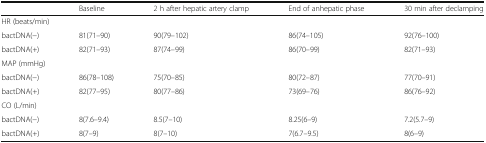
<table><thead><tr><td>[EMPTY_CELL]</td><td><b>Baseline</b></td><td><b>2 h after hepatic artery clamp</b></td><td><b>End of anhepatic phase</b></td><td><b>30 min after declamping</b></td></tr></thead><tbody><tr><td colspan="5">HR (beats/min)</td></tr><tr><td>bactDNA(−)</td><td>81(71–90)</td><td>90(79–102)</td><td>86(74–105)</td><td>92(76–100)</td></tr><tr><td>bactDNA(+)</td><td>82(71–93)</td><td>87(74–99)</td><td>86(70–99)</td><td>82(71–93)</td></tr><tr><td colspan="5">MAP (mmHg)</td></tr><tr><td>bactDNA(−)</td><td>86(78–108)</td><td>75(70–85)</td><td>80(72–87)</td><td>77(70–91)</td></tr><tr><td>bactDNA(+)</td><td>82(77–95)</td><td>80(77–86)</td><td>73(69–76)</td><td>86(76–92)</td></tr><tr><td colspan="5">CO (L/min)</td></tr><tr><td>bactDNA(−)</td><td>8(7.6–9.4)</td><td>8.5(7–10)</td><td>8.25(6–9)</td><td>7.2(5.7–9)</td></tr><tr><td>bactDNA(+)</td><td>8(7–9)</td><td>8(7–10)</td><td>7(6.7–9.5)</td><td>8(6–9)</td></tr></tbody></table>